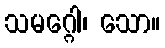
သမဂ္ဂေါ၊ သော။